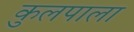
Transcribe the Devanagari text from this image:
कुलपाला